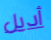
أديل